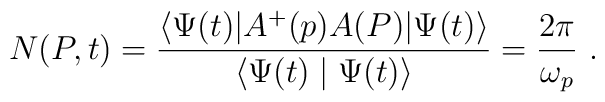
N(P,t)=\frac{\langle\Psi(t)|A^+(p)A(P)|\Psi(t)\rangle}{\langle\Psi(t)\mid\Psi(t)\rangle}=\frac{2\pi}{\omega_p}\ .